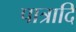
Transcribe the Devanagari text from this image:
पात्रादि